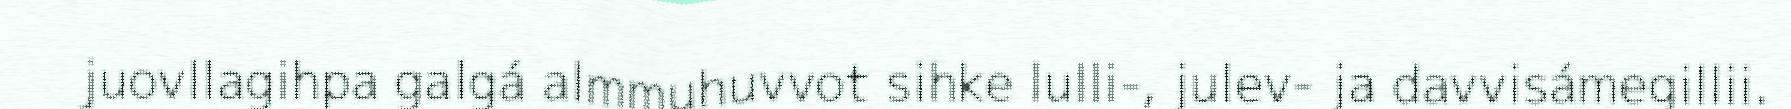
juovllagihpa galgá almmuhuvvot sihke lulli-, julev- ja davvisámegillii.